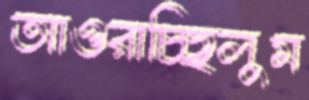
আওরাচ্ছিলুম